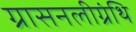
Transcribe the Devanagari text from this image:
ग्रासनलीग्रंथि